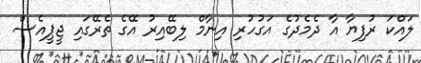
ލައްކަ ރުފިޔާ އާ ދެމެދުގެ އަގުހުރި އިނާމް ލިބޭއިރު އޭގެ ތެރޭގައި ޖީޕީއެސް